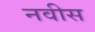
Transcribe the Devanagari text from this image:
नवीस